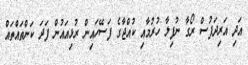
އަދި އަރިދަފުސް ރޯގާ ނުފިލާ ހުރުމާއި ކުއްޖާގެ ފަސޭހައިން ރުޅިއައުން ފަދަ ކަންތައްތައް